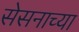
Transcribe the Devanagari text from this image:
सेसनाच्या